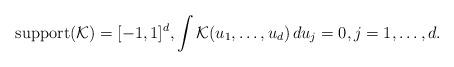
LaTeX: \begin{align*}\qquad\operatorname{support}(\mathcal{K} ) = [-1,1]^d,\int\mathcal{K}(u_1, \ldots, u_d) \,du_j = 0, j = 1, \ldots,d.\end{align*}